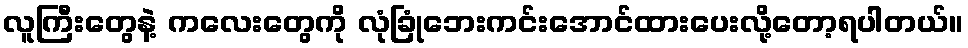
လူကြီးတွေနဲ့ ကလေးတွေကို လုံခြုံဘေးကင်းအောင်ထားပေးလို့တော့ရပါတယ်။